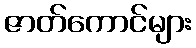
ဇာတ်ကောင်များ